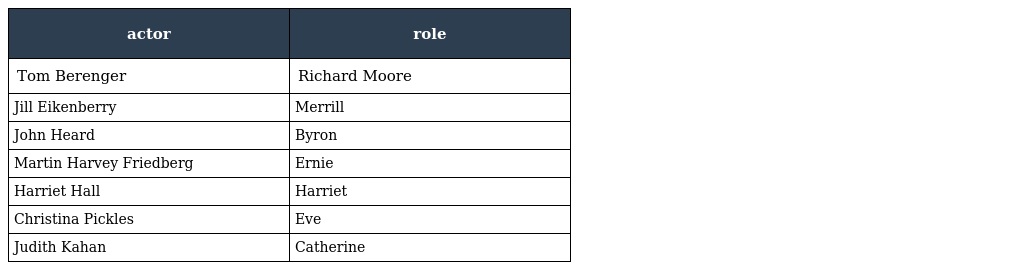
| actor | role |
 | --- | --- |
 | Tom Berenger | Richard Moore |
 | Jill Eikenberry | Merrill |
 | John Heard | Byron |
 | Martin Harvey Friedberg | Ernie |
 | Harriet Hall | Harriet |
 | Christina Pickles | Eve |
 | Judith Kahan | Catherine |